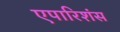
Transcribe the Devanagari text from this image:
एपारिशंस